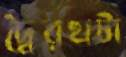
দ্বৈরথটা